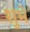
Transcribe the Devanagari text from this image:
शुभे